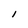
Character: I